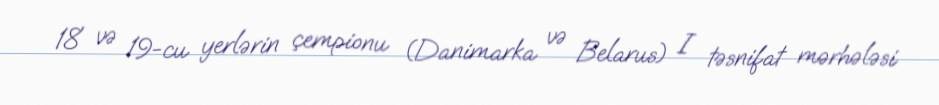
18 və 19-cu yerlərin çempionu (Danimarka və Belarus) I təsnifat mərhələsi